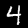
Label: 4